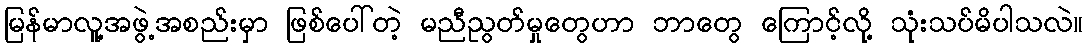
မြန်မာလူ့အဖွဲ့အစည်းမှာ ဖြစ်ပေါ်တဲ့ မညီညွတ်မှုတွေဟာ ဘာတွေ ကြောင့်လို့ သုံးသပ်မိပါသလဲ။